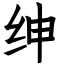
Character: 绅